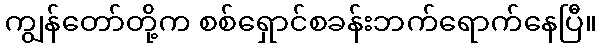
ကျွန်တော်တို့က စစ်ရှောင်စခန်းဘက်ရောက်နေပြီ။